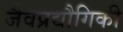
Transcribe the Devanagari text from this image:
जैवप्रद्यौगिकी